Vaike-Kopu_(Puiatu)_vallavalitsus, lk 37
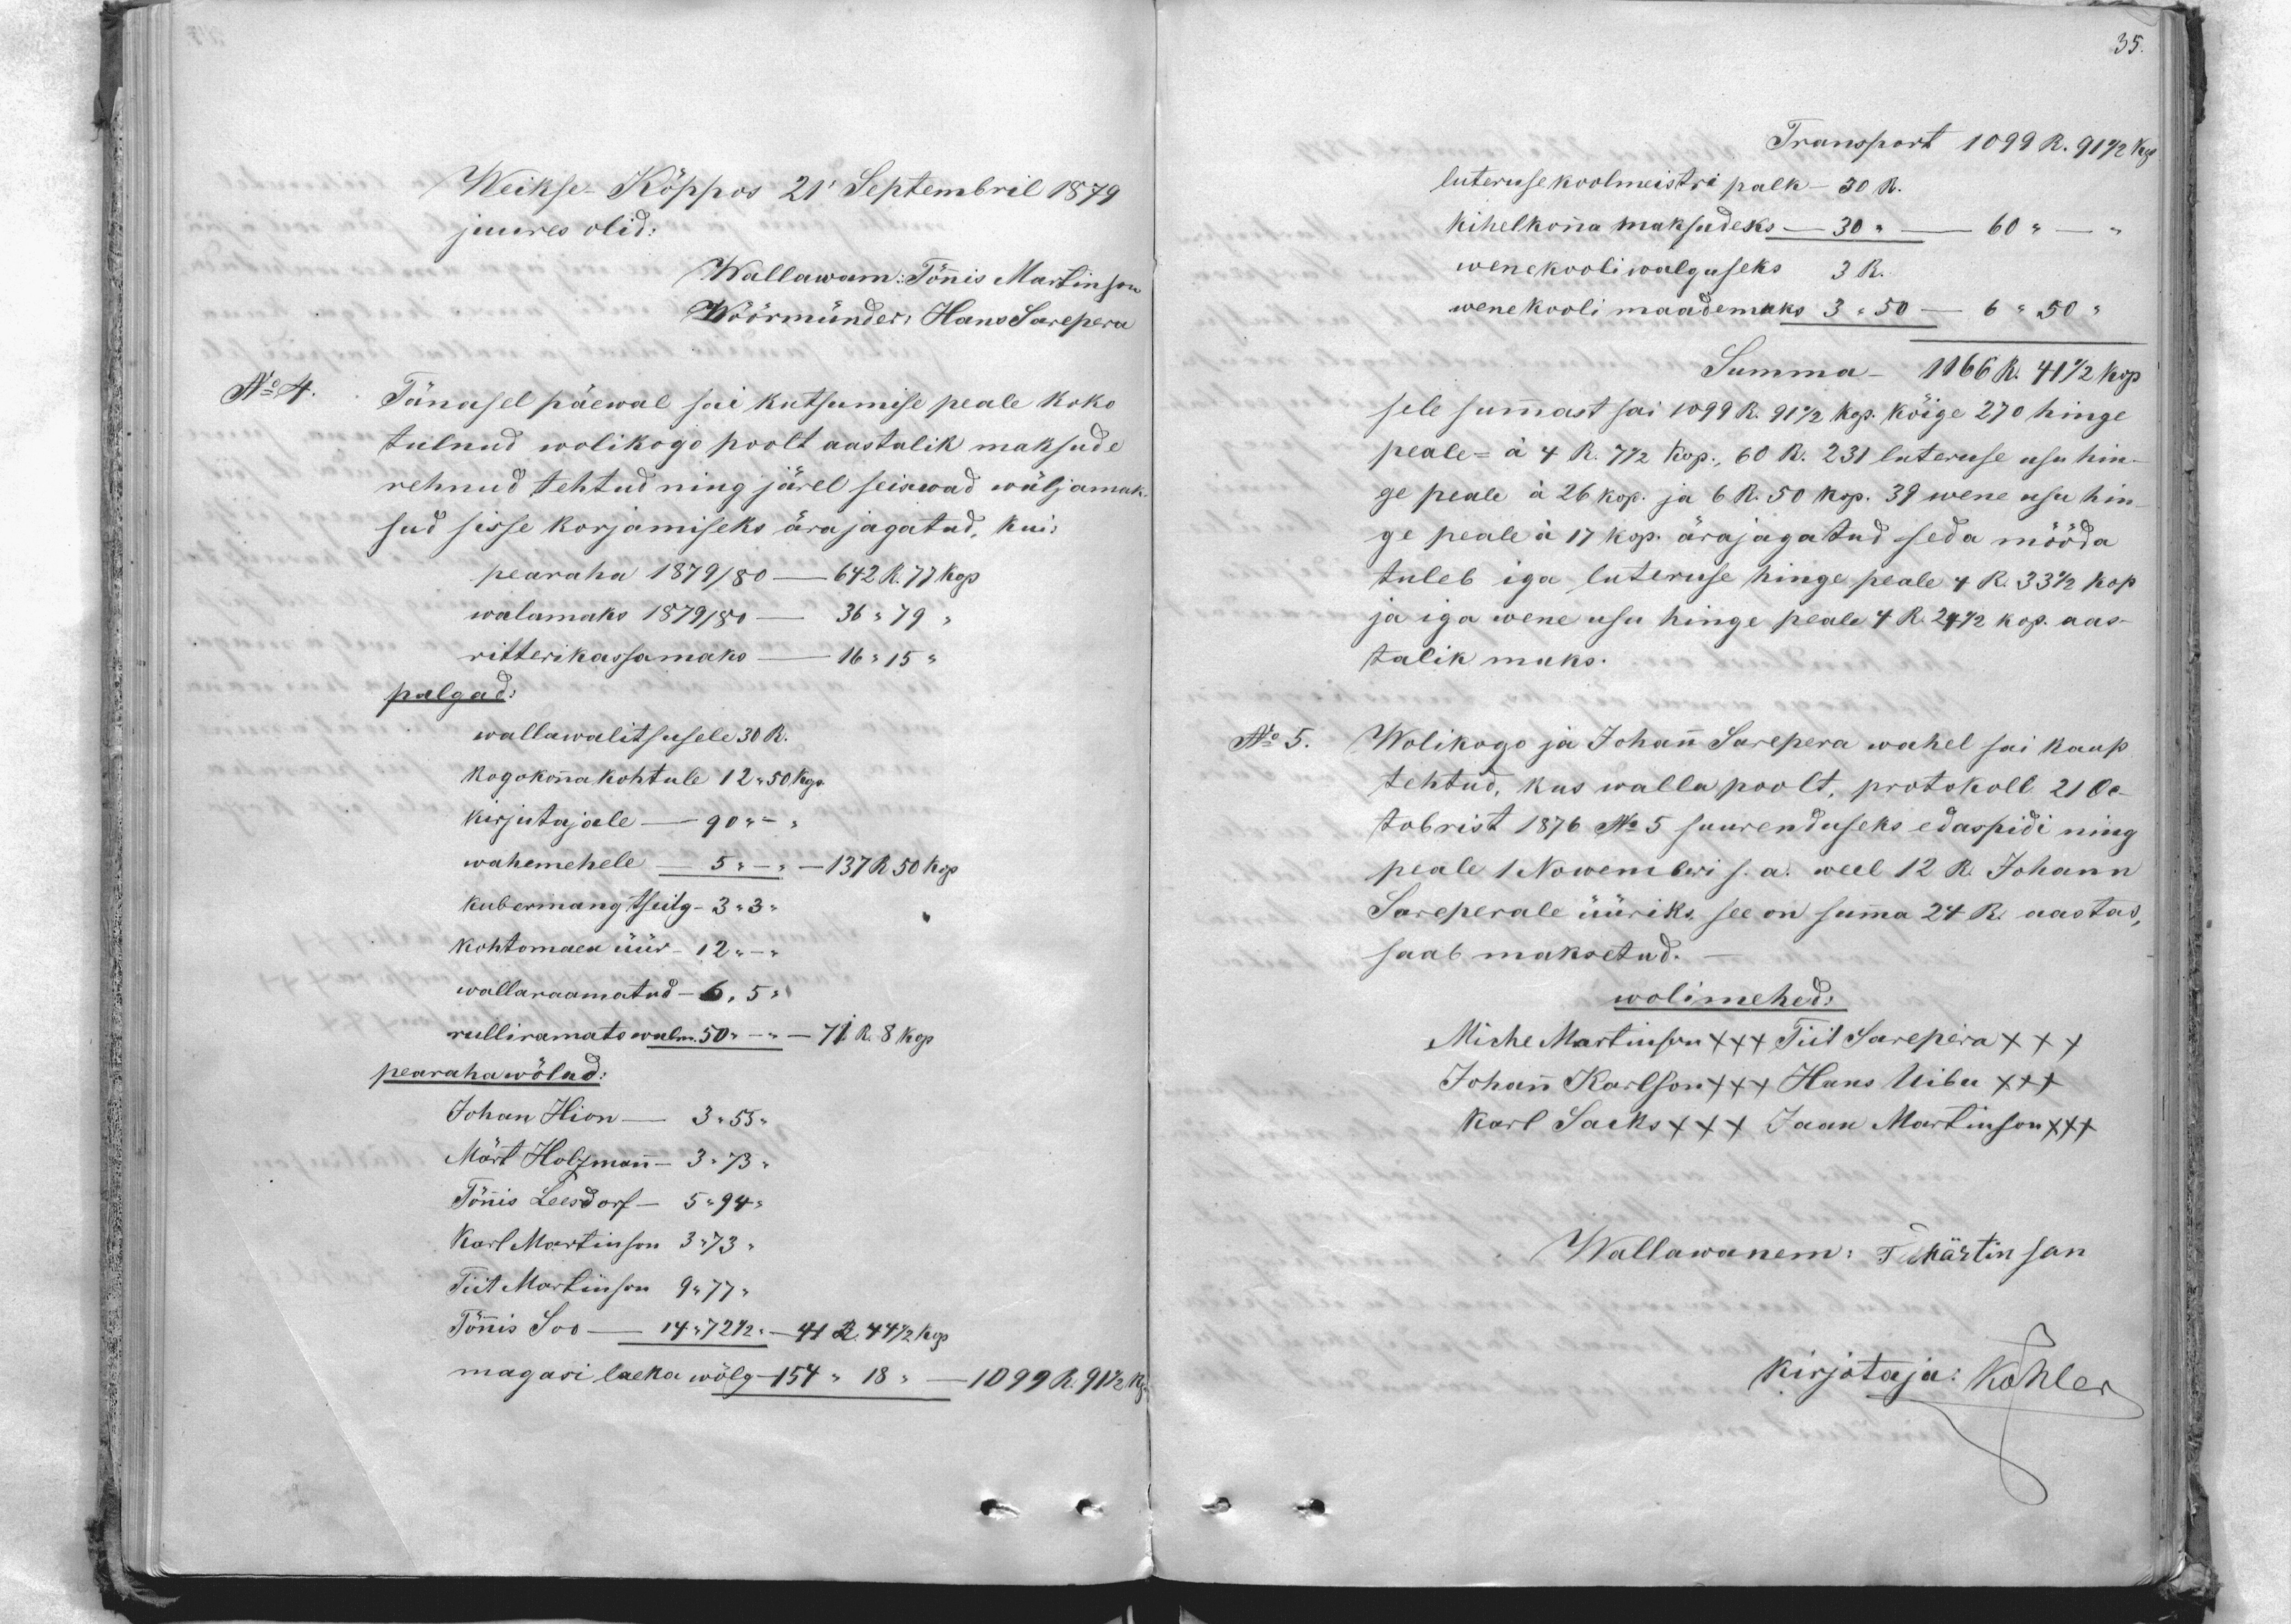
35.

Weikse-Köppos 21 Septembril 1879
juures olid:
Wallawam: Tönis Martinson
Wöörmünder: Hans Sarepera
No 4
Tänasel päewal sai kutsumise peale koko-
tulnud wolikogo poolt aastalik maksude
rehnud tehtud ning järel seiwad wäljamaks
sud sisse korjamiseks ärajagatud, kui-
pearaha 1879/80 - 672 R. 77 kop
walamaks 1879/80 36 " 79
ritterikassamaks - 16 " 15 "
palgad:
wallawalitsusele 30 R.
kogokonna kohtule 12 " 50 kop.
kirjutajale - 90 "
wahemehele - 5 " -       137 R 50 kop.
kubermang tseitg- 3 " 3 "
kohtomaea üür - 12 "-"
wallaraamatud 6 " 5
rulliramato walm 50 "         71 R. 8 kop.
pearahawölad:
Johan Hion - 3 " 55 "
Märt Holzman - 3 " 73.
Tõnis Leesdorf - 5 " 94.
Karl Martinson 3 " 73 "
Tiit Martinson 9 " 77 "
Tõnis Soo - 14 " 72 1/2    - 44 R. 44 1/2 kop
magasi laeka wõlg - 154 " 18 "    1099R. 91 1/2 k

Transport 1099 R. 91 1/2 kop.
luteruse koolmeistri palk 30 R.
kihelkonna maksudeks - 30 "   - 60
wenekooli walguseks 3 R.
wene kooli maademaks 3 " 50 -      6 "50 "
Summa-1166 R. 41 1/2 kop.
sele summast sai 1099 R. 91 1/2 kop. kõige 270 hinge
peale = à 4 R. 7 1/2 kop. 60 R. 231 luteruse usu hin-
ge peale á 26 kop. ja 6 R. 50 kop. 39 wene usu hin-
ge peale à 17 kop. ärajagatud seda mööda
tuleb iga luteruse hinge peale 4 R. 33 1/2 kop.
ja iga wene usu hinge peale 4 R.24 1/2 kop. aas-
talik maks.
No: 5. Wolikogo ja Johann Sarepera wahel sai kaup
tehtud, kus walla poolt, protokoll 21.0c-
tobrist 1876 No 5 suurenduseks edaspidi ning
peale 1 Nowemberi s.a. weel 12 R. Johann
Sareperale üüriks see on summa 24 R. aastas,
saab maksetud.
wolimehed:
Miche Martinson +++ Tiit Sarepera +++
Johann Karlson +++ + Hans Uibu +++
Karl Sacks +++ Jaan Martinson +++
Wallawanem: T Märtinson
kirjotaja: Köhler